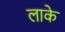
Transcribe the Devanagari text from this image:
लाके